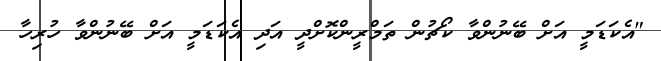
"އެކަޑަމީ އަށް ބޭނުންވާ ކޯޗުން ތަމްރީންކޮށްދީ އަދި އެކަޑަމީ އަށް ބޭނުންވާ ހުރިހާ